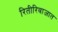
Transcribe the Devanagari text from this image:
रितीरिवाजात